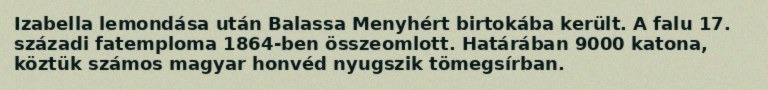
Izabella lemondása után Balassa Menyhért birtokába került. A falu 17. századi fatemploma 1864-ben összeomlott. Határában 9000 katona, köztük számos magyar honvéd nyugszik tömegsírban.